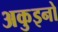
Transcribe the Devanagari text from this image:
अकुइनो